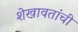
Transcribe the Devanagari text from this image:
शेखावतांची